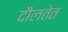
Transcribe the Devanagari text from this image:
दौलतेत